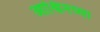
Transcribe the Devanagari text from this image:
आश्विनच्या